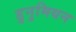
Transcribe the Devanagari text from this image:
डुनुमियन